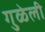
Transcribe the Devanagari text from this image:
गुळेली